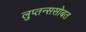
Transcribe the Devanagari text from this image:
लुप्तन्ससोबत